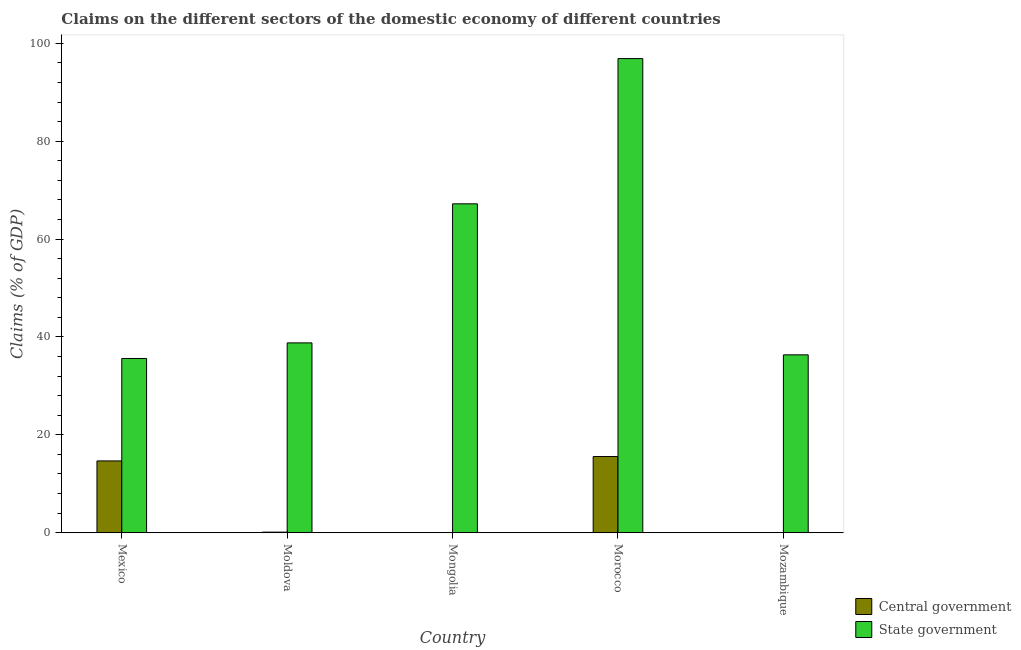
| Country | Central government | State government |
 | --- | --- | --- |
 | Mexico | 14.7 | 35.6 |
 | Moldova | 0.119 | 38.8 |
 | Mongolia | -0.00732 | 67.2 |
 | Morocco | 15.6 | 96.9 |
 | Mozambique | -1.66 | 36.4 |